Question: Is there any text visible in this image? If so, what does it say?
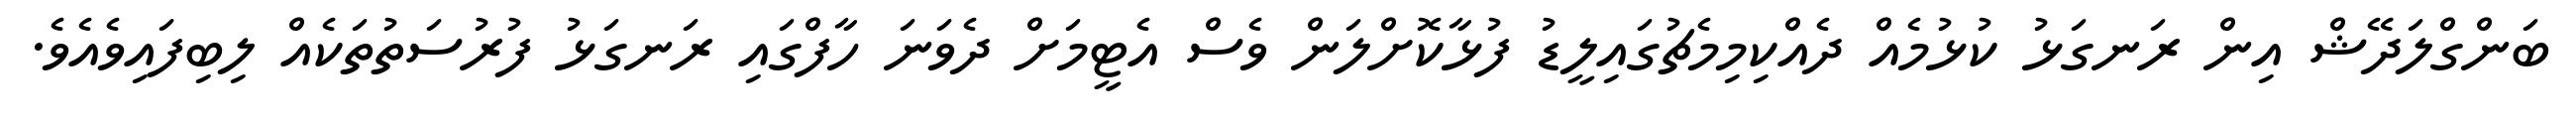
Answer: ބަންގްލަދޭޝް އިން ރަނގަޅު ކުޅުމެއް ދެއްކިމިމެޗުގައިލީޑު ފުޅާކޮށްލަން ވެސް އެޓީމަށް ދެވަނަ ހާފްގައި ރަނގަޅު ފުރުސަތުތަކެއް ލިބިފައިވެއެވެ.